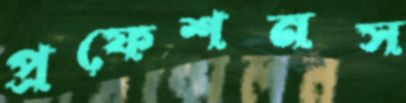
প্রফেশনস